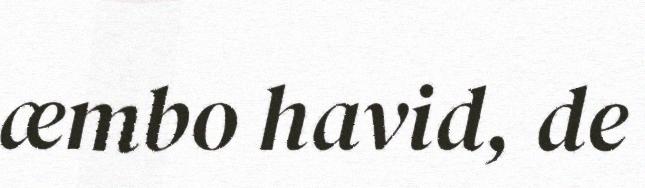
æmbo havid, de